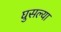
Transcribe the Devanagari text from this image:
घुसल्या